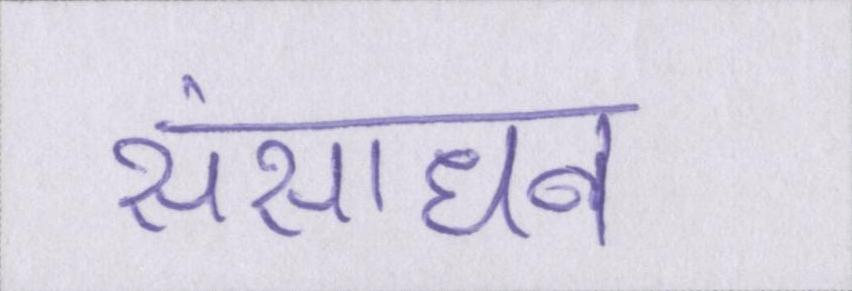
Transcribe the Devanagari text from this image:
संसाधन